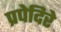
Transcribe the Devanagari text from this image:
प्रपेदिरे